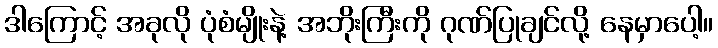
ဒါကြောင့် အခုလို ပုံစံမျိုးနဲ့ အဘိုးကြီးကို ဂုဏ်ပြုချင်လို့ နေမှာပေါ့။